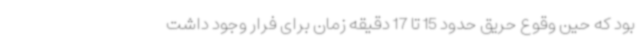
بود که حین وقوع حریق حدود 15 تا 17 دقیقه زمان برای فرار وجود داشت